Medical and sanitary report of the native army of Madras for the year
Year: 1876
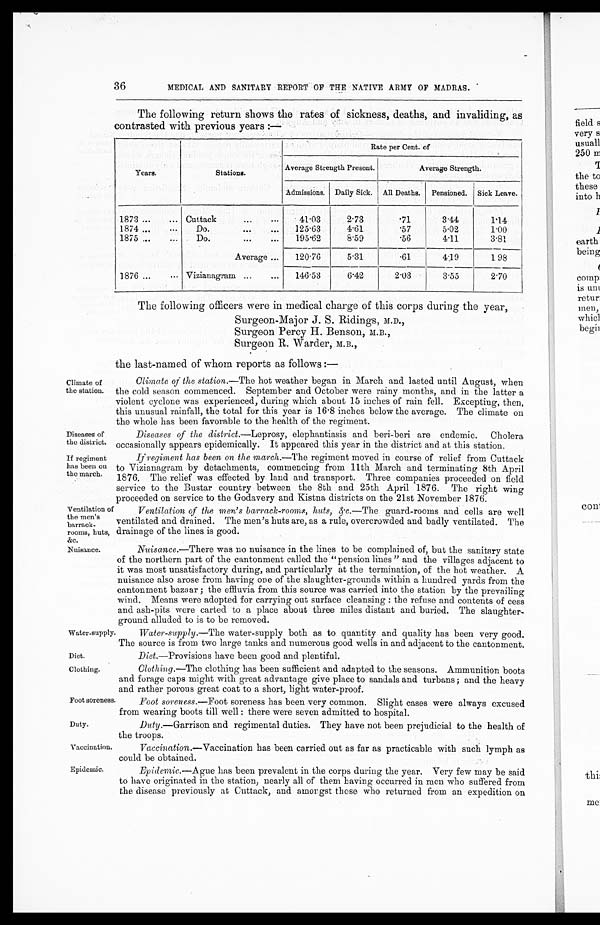
Diseases of
the district.
If regiment
has been on
the march.
Ventilation of
the men's
barrack-
rooms, huts,
&c.
Nuisance.
Water-supply
Diet.
Clothing.
Foot soreness
Duty.
Vaccination.The following officers were in medical charge of this corps during the year,
36
MEDICAL AND SANITARY REPORT OF THE NATIVE ARMY OF MADRAS.
The following return shows the rates of sickness, deaths, and invaliding, as
contrasted with previous years :—
Years.
Stations.
Rate per Cent. of
Average Strength Present.
Average Strength.
Admissions. Daily Sick. All Deaths. Pensioned. Sick Leave.
1873 ...
... Cuttack
...
. . .
41.03
2.73
.71
3.44
1.14
1874 ...
. . .
Do.
...
. . .
125.63
4.61
.57
5.02
1.00
1875 ...
...
Do.
. . .
...
195.62
8.59
.56
4.11
3.81
Average ...
120.76
5.31
.61
4.19
1.98
1876 ...
... Vizianagram ...
...
146.53
6.42
2.03
3.55
2.70
Climate of
the station.
Surgeon-Major J. S. Ridings, M.D.,
Surgeon Percy H. Benson, M.B.,
Surgeon R. Warder, M.B.,
the last-named of whom reports as follows :
—
Climate of the station. —The hot weather began in March and lasted until August, when
the cold season commenced. September and October were rainy months, and in the latter a
violent cyclone was experienced, during which about 15 inches of rain fell. Excepting, then,
this unusual rainfall, the total for this year is 16.8 inches below the average. The climate on
the whole has been favorable to the health of the regiment.
Diseases of the district .—Leprosy, elephantiasis and beri-beri are endemic. Cholera
occasionally appears epidemically. It appeared this year in the district and at this station.
If regiment has been on the march.— The regiment moved in course of relief from Cuttack
toVizianagram by detachments, commencing from 11th March and terminating 8th April
1876. The relief was effected by land and transport. Three companies proceeded on field
service to the Bustar country between the 8th and 25th April 1876. The right wing
proceeded on service to the Godavery and Kistna districts on the 21st November 1876.
Ventilation of the men's barrack-rooms, huts, &c.. —The guard-rooms and cells are well
ventilated and drained. The men's huts are, as a rule, overcrowded and badly ventilated. The
drainage of the lines is good.
Nuisance.—There was no nuisance in the lines to be complained of, but the sanitary state
of the northern part of the cantonment called the "pension lines " and the villages adjacent to
it was most unsatisfactory during, and particularly at the termination, of the hot weather. A
nuisance also arose from having one of the slaughter-grounds within a hundred yards from the
cantonment bazaar ; the effluvia from this source was carried into the station by the prevailing
wind. Means were adopted for carrying out surface cleansing : the refuse and contents of cess
and ash-pits were carted to a place about three miles distant and buried. The slaughter-
ground alluded to is to be removed.
Water-supply .—The water-supply both as to quantity and quality has been very good.
The source is from two large tanks and numerous good wells in and adjacent to the cantonment.
Diet. —Provisions have been good and plentiful.
Clothing.—The clothing has been sufficient and adapted to the seasons. Ammunition boots
and forage caps might with great advantage give place to sandals and turbans ; and the heavy
and rather porous great coat to a short, light water-proof.
Foot soreness.—Foot soreness has been very common. Slight cases were always excused
from wearing boots till well : there were seven admitted to hospital.
Duty .—Garrison and regimental duties. They have not been prejudicial to the health of
the troops.
Vaccination .—Vaccination has been carried out as far as practicable with such lymph as
could be obtained.
Epidemic.—Ague has been prevalent in the corps during the year. Very few may be said
to have originated m the station, nearly all of them having occurred in men who suffered from
the disease previously at Cuttack, and amongst those who returned from an expedition on